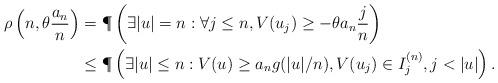
LaTeX: \begin{align*} \rho\left(n,\theta \frac{a_n}{n}\right) &= \P\left( \exists |u| = n : \forall j \leq n, V(u_j) \geq -\theta a_n \frac{j}{n} \right)\\ &\leq \P\left( \exists |u| \leq n : V(u) \geq a_n g(|u|/n), V(u_j) \in I^{(n)}_j, j < |u| \right).\end{align*}